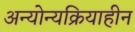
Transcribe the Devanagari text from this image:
अन्योन्यक्रियाहीन